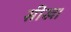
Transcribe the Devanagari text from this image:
सीख।